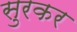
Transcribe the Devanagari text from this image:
सुरकर